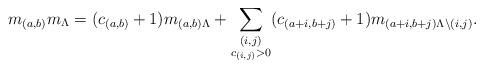
LaTeX: \begin{align*}m_{(a,b)}m_{\Lambda}=(c_{(a,b)}+1)m_{(a,b)\Lambda}+\sum_{\substack{(i,j)\\ c_{(i,j)}>0}}(c_{(a+i,b+j)}+1)m_{(a+i,b+j)\Lambda\setminus(i,j)}.\end{align*}